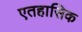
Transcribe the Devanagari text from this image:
एतहासिक